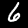
Digit: 6